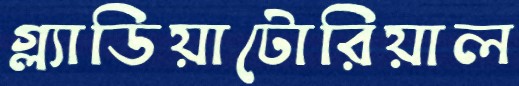
গ্ল্যাডিয়াটোরিয়াল